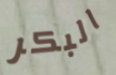
البكر